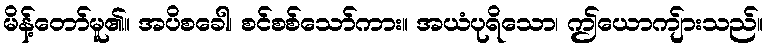
မိန့်တော်မူ၏။ အပိစခေါ၊ စင်စစ်သော်ကား။ အယံပုရိသော၊ ဤယောကျ်ားသည်။